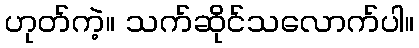
ဟုတ်ကဲ့။ သက်ဆိုင်သလောက်ပါ။